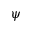
\psi